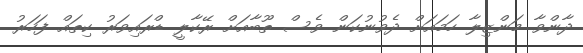
ދާންވާ މަންޒިލާ ހަމައަށް ދެވުނުކަން ވެސް ތޫބާއަށް ރޭކާލީ ޑްރައިވަރު ކިތައް ފަހަރު